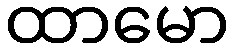
ထာမော